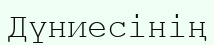
Дүниесінің